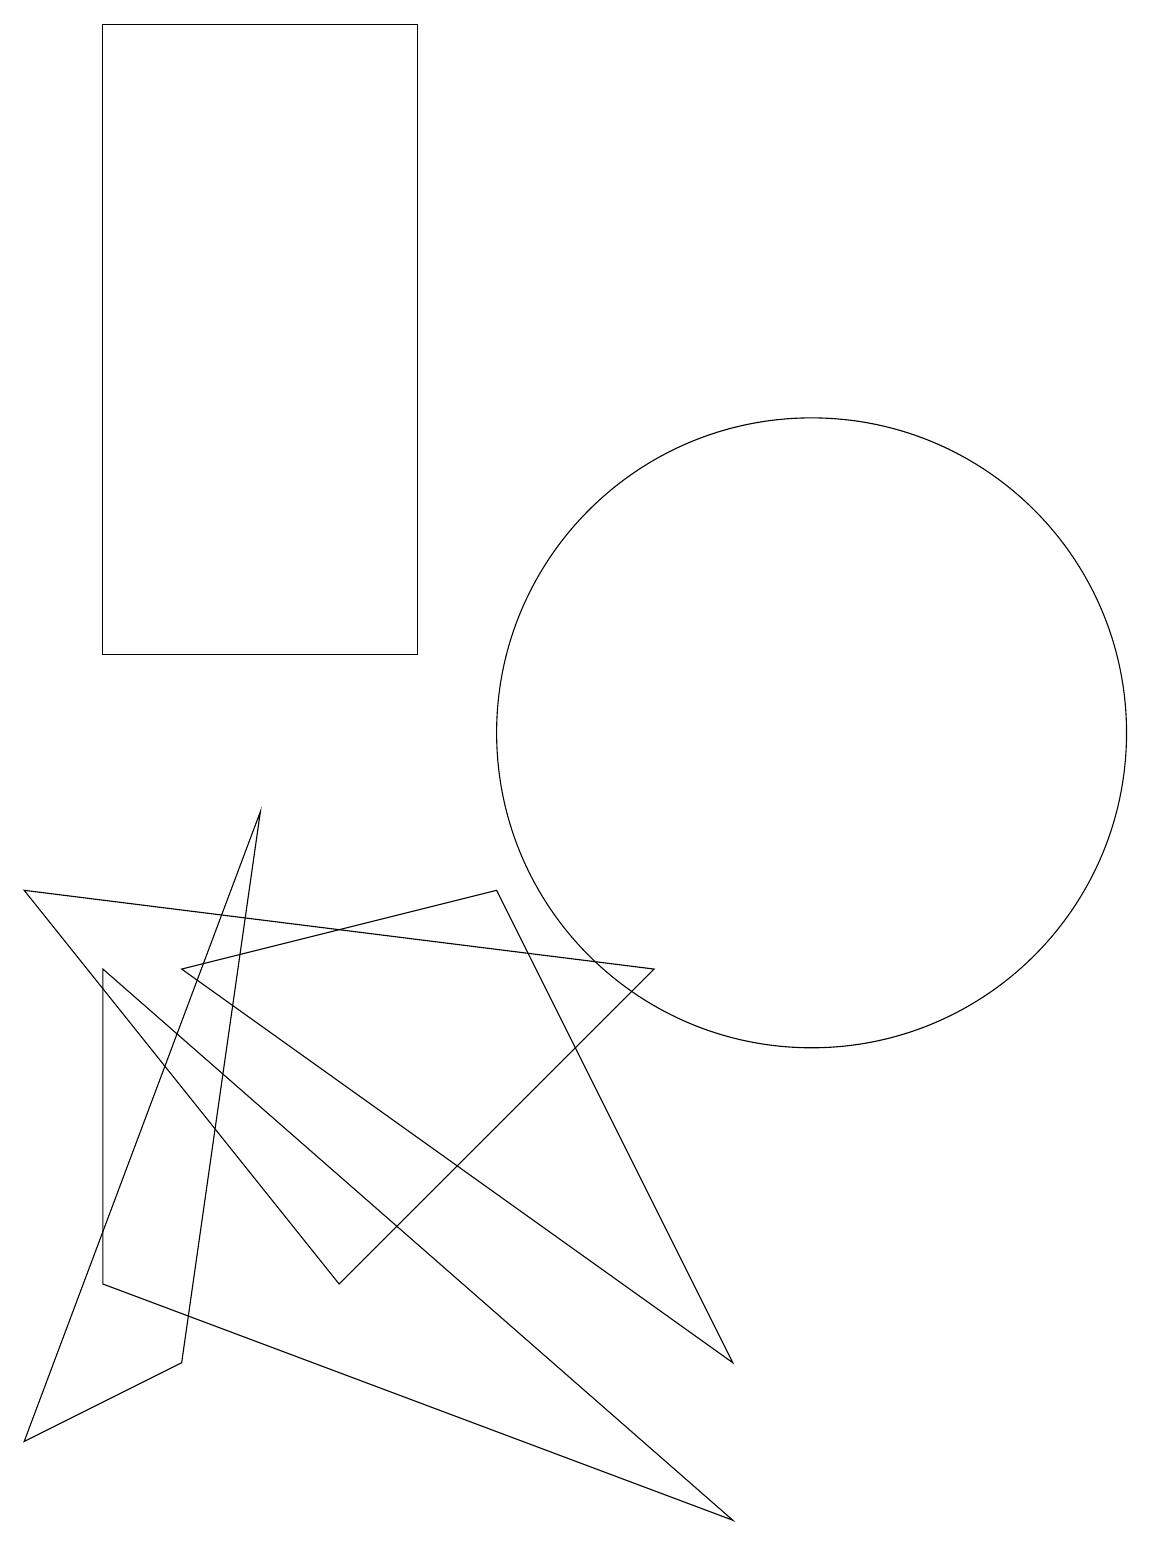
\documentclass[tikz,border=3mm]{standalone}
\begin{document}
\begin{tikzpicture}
\draw (0,1) -- (2,2) -- (3,9) -- cycle;
\draw (9,0) -- (1,3) -- (1,7) -- cycle;
\draw (4,3) -- (8,7) -- (0,8) -- cycle;
\draw (10,10) circle (4);
\draw (6,8) -- (2,7) -- (9,2) -- cycle;
\draw (5,19) rectangle (1,11);
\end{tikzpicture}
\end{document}